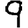
Digit: 9